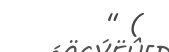
" (